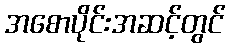
အစောပိုင်းအဆင့်တွင်